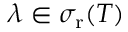
\lambda \in \sigma _ { \mathrm { r } } ( T )